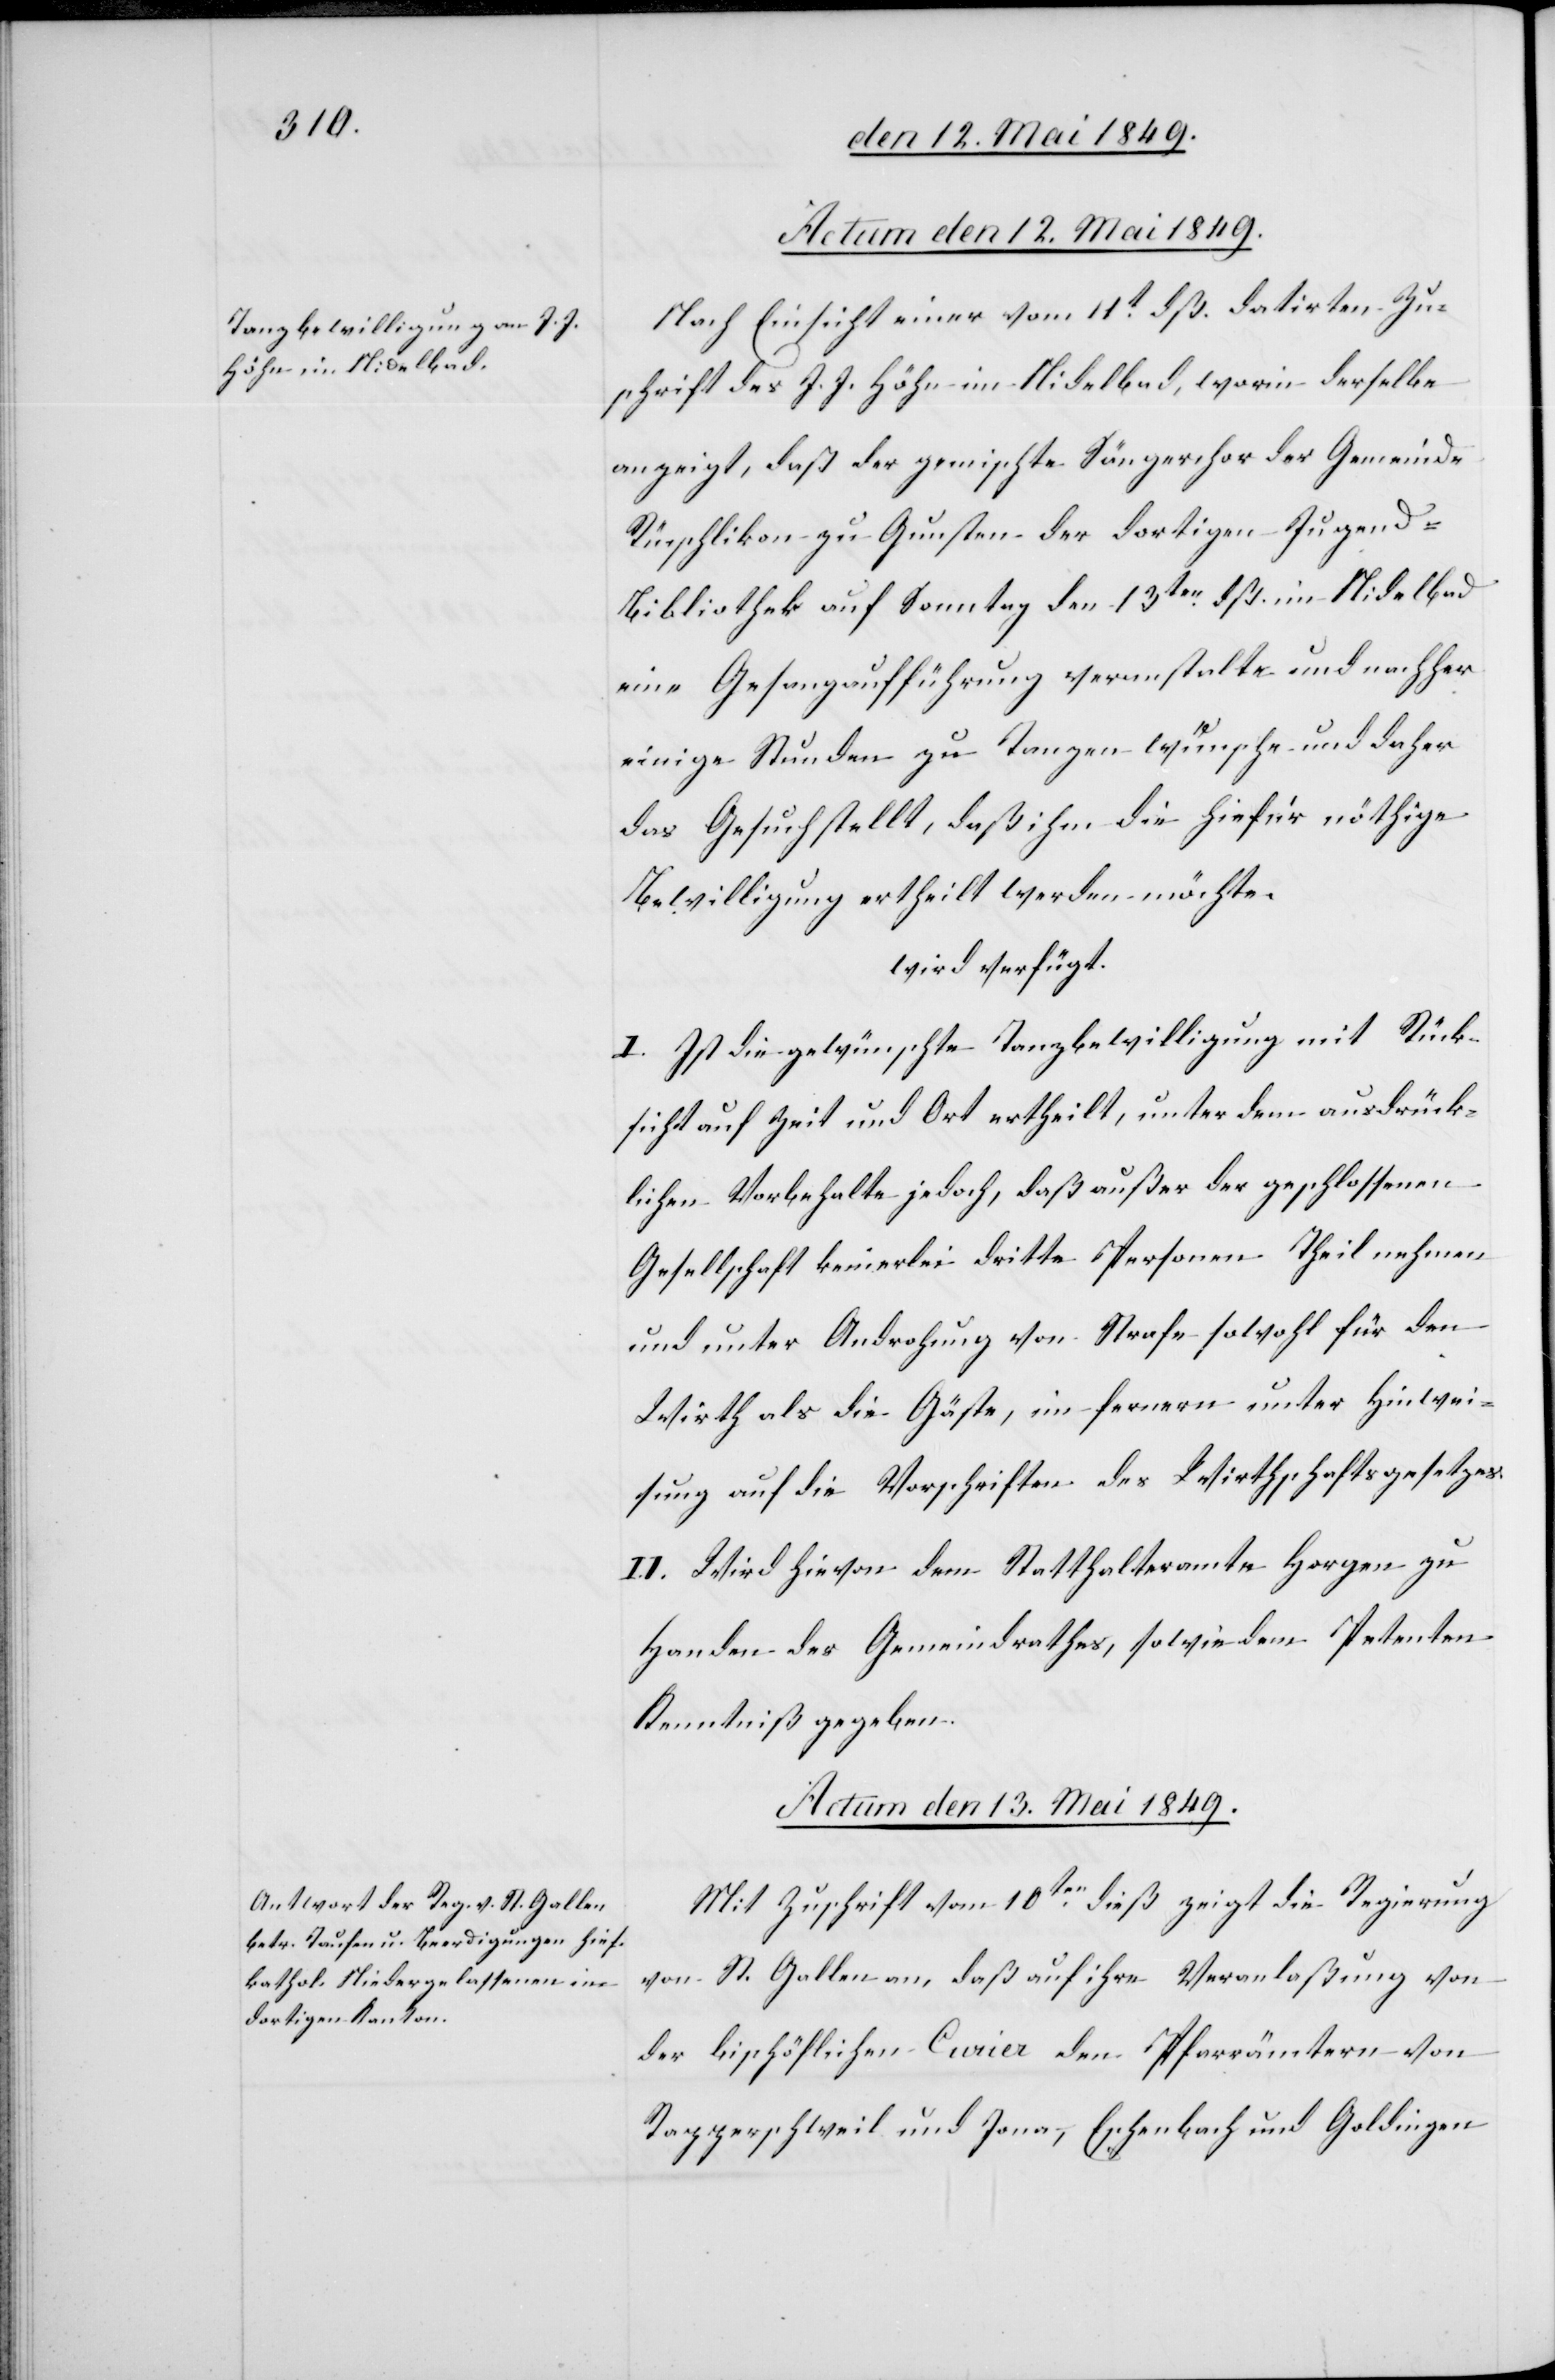
Nach Einsicht einer vom 11t dß. datirten Zu¬
schrift des J. J. Höhn im Nidelbad, worin derselbe
anzeigt, daß der gemischte Sängerchor der Gemeinde
Rüschlikon zu Gunsten der dortigen Jugend-B¬
ibliothek auf Sonntag den 13ten dß. im Nidelbad
eine Gesangaufführung veranstalte und nachher
einige Stunden zu Tanzen wünsche und daher
das Gesuch stellt, daß ihm die hiefür nöthige
Bewilligung ertheilt werden möchte.
wird verfügt.
I. Ist die gewünschte Tanzbewilligung mit Rück¬
sicht auf Zeit und Ort ertheilt, unter dem ausdrück¬
lichen Vorbehalte jedoch, daß außer der geschlossenen
Gesellschaft keinerlei dritte Personen Theil nehmen
und unter Androhung von Strafe sowohl für den
Wirth als die Gäste, im fernern unter Hinwei¬
sung auf die Vorschriften des Wirthschaftsgesetzes.
II. Wird hievon dem Statthalteramte Horgen zu
Handen des Gemeindrathes, sowie dem Petenten
Kenntniß gegeben.
Actum den 13. Mai 1849.
Mit Zuschrift vom 10ten dieß zeigt die Regierung
von St. Gallen an, daß auf ihre Veranlaßung von
der bischöflichen Curier den Pfarrämtern von
Rapperschweil und Jona, Eschenbach und Goldingen